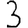
Digit: 3